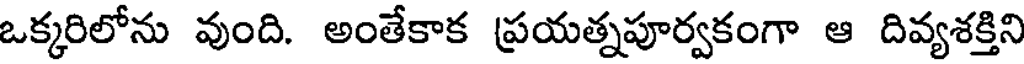
ఒక్కరిలోను వుంది. అంతేకాక ప్రయత్నపూర్వకంగా ఆ దివ్యశక్తిని